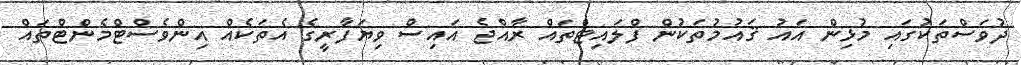
ދުވަސްތަކުގައި މުޅިން އައު ޤައުމުތަކުން ފްލައިޓްތައް ރާއްޖެ އައިސް ވިޔަފާރީގެ އެތަކެއް އިންވެސްޓްމެންޓްތައް